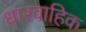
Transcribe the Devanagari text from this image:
धारवाहिक